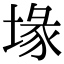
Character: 堟